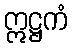
ဣဋ္ဌကံ